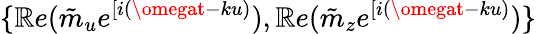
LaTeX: \{ \mathbb{R}e(\tilde{{m}}_{u}e^{[i(\omegat-ku)}),\mathbb{R}e(\tilde{{m}}_{z}e^{[i(\omegat-ku)})\}